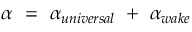
\alpha ~ = ~ \alpha _ { u n i v e r s a l } ~ + ~ \alpha _ { w a k e }